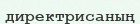
директрисаның